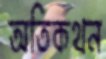
অতিকথন